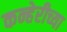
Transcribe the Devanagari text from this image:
कन्हेरीच्या